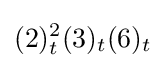
(2)_{t}^{2}(3)_{t}(6)_{t}